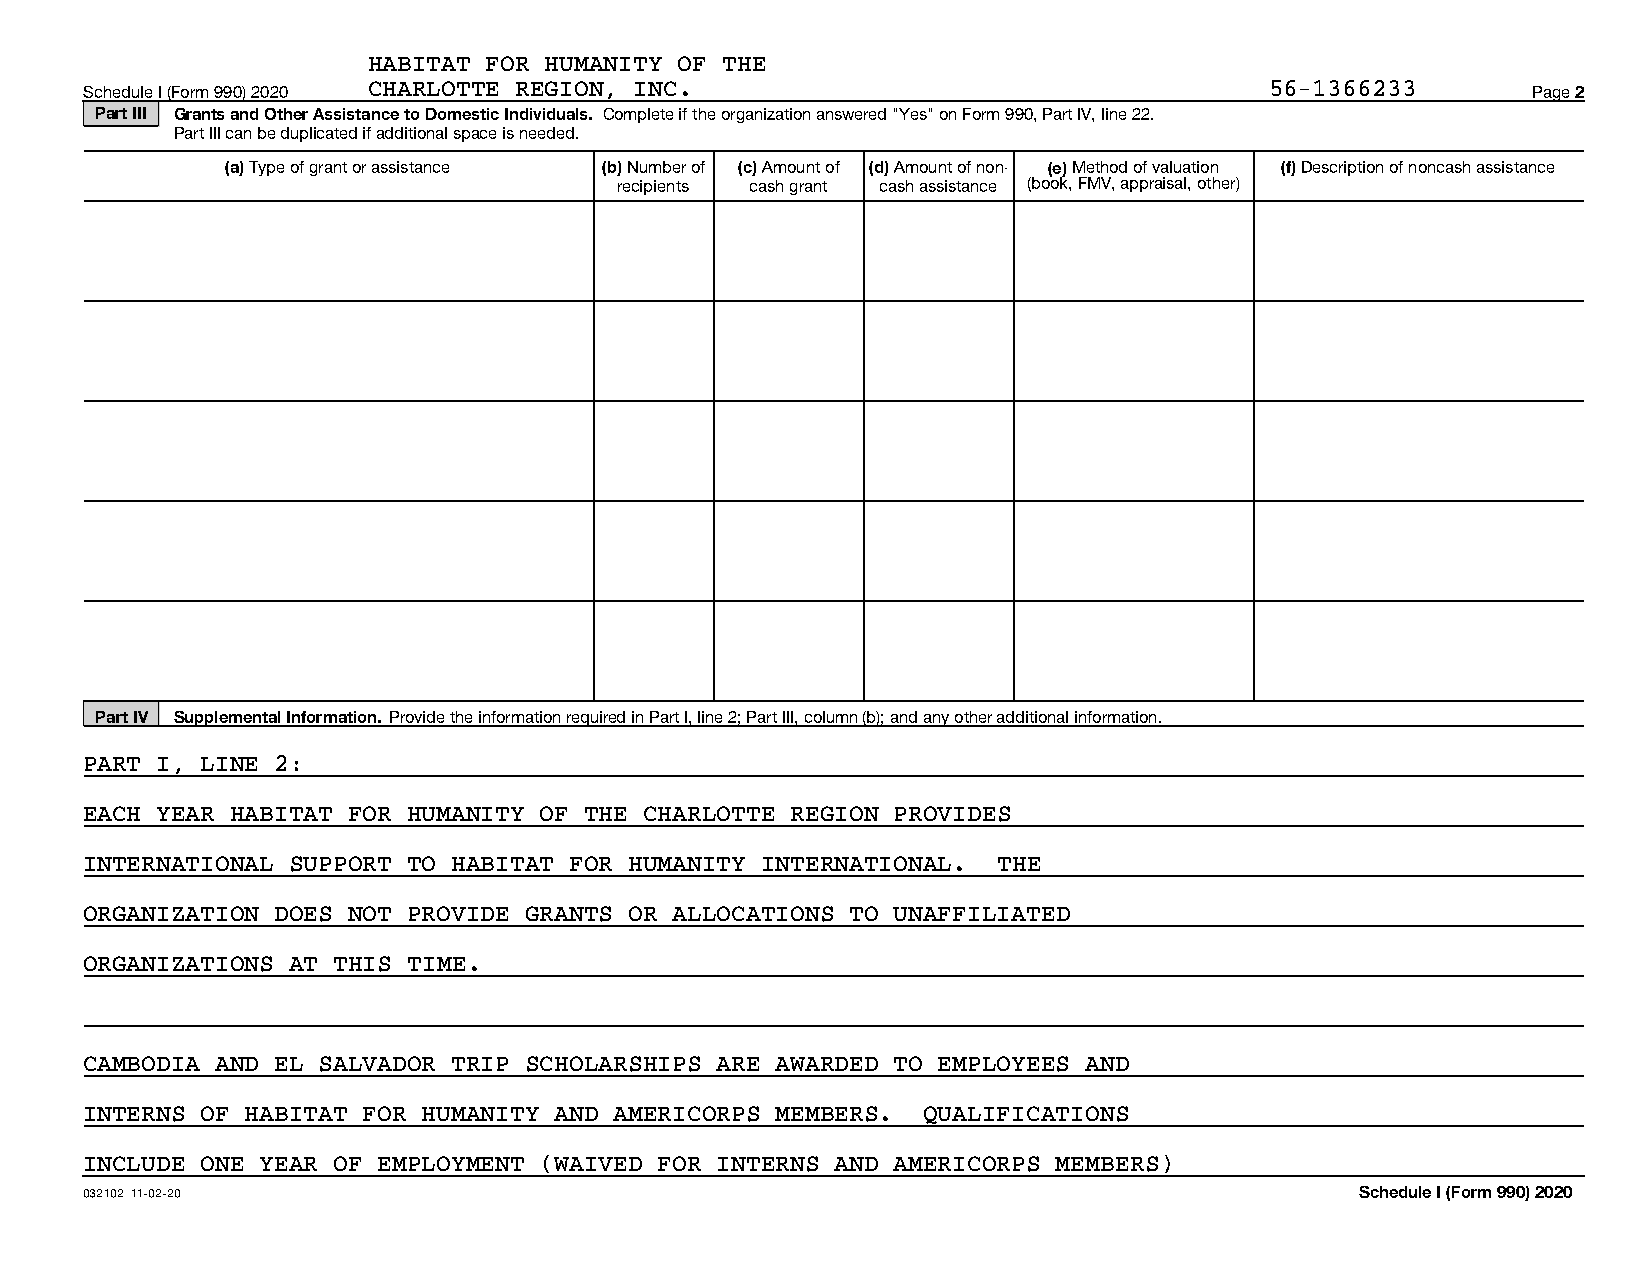
HABITAT FOR HUMANITY OF THE
 Schedule I (Form 990) 2020 CHARLOTTE REGION, INC.                             56-1366233       Page 2
 Part III Grants and Other Assistance to Domestic Individuals. Complete if the organization answered "Yes" on Form 990, Part IV, line 22.
 Part III can be duplicated if additional space is needed.
 (a) Type of grant or assistance (b) Number of (c) Amount of (d) Amount of non- (e) Method of valuation (f) Description of noncash assistance
 recipients cash grant cash assistance (book, FMV, appraisal, other)
 Part IV Supplemental Information. Provide the information required in Part I, line 2; Part III, column (b); and any other additional information.
 PART I, LINE 2:
 EACH YEAR HABITAT FOR HUMANITY OF THE CHARLOTTE REGION PROVIDES
 INTERNATIONAL SUPPORT TO HABITAT FOR HUMANITY INTERNATIONAL. THE
 ORGANIZATION DOES NOT PROVIDE GRANTS OR ALLOCATIONS TO UNAFFILIATED
 ORGANIZATIONS AT THIS TIME.
 CAMBODIA AND EL SALVADOR TRIP SCHOLARSHIPS ARE AWARDED TO EMPLOYEES AND
 INTERNS OF HABITAT FOR HUMANITY AND AMERICORPS MEMBERS. QUALIFICATIONS
 INCLUDE ONE YEAR OF EMPLOYMENT (WAIVED FOR INTERNS AND AMERICORPS MEMBERS)
 032102 11-02-20                                                                     Schedule I (Form 990) 2020